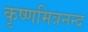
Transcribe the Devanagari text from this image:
कृष्णमित्रनन्द